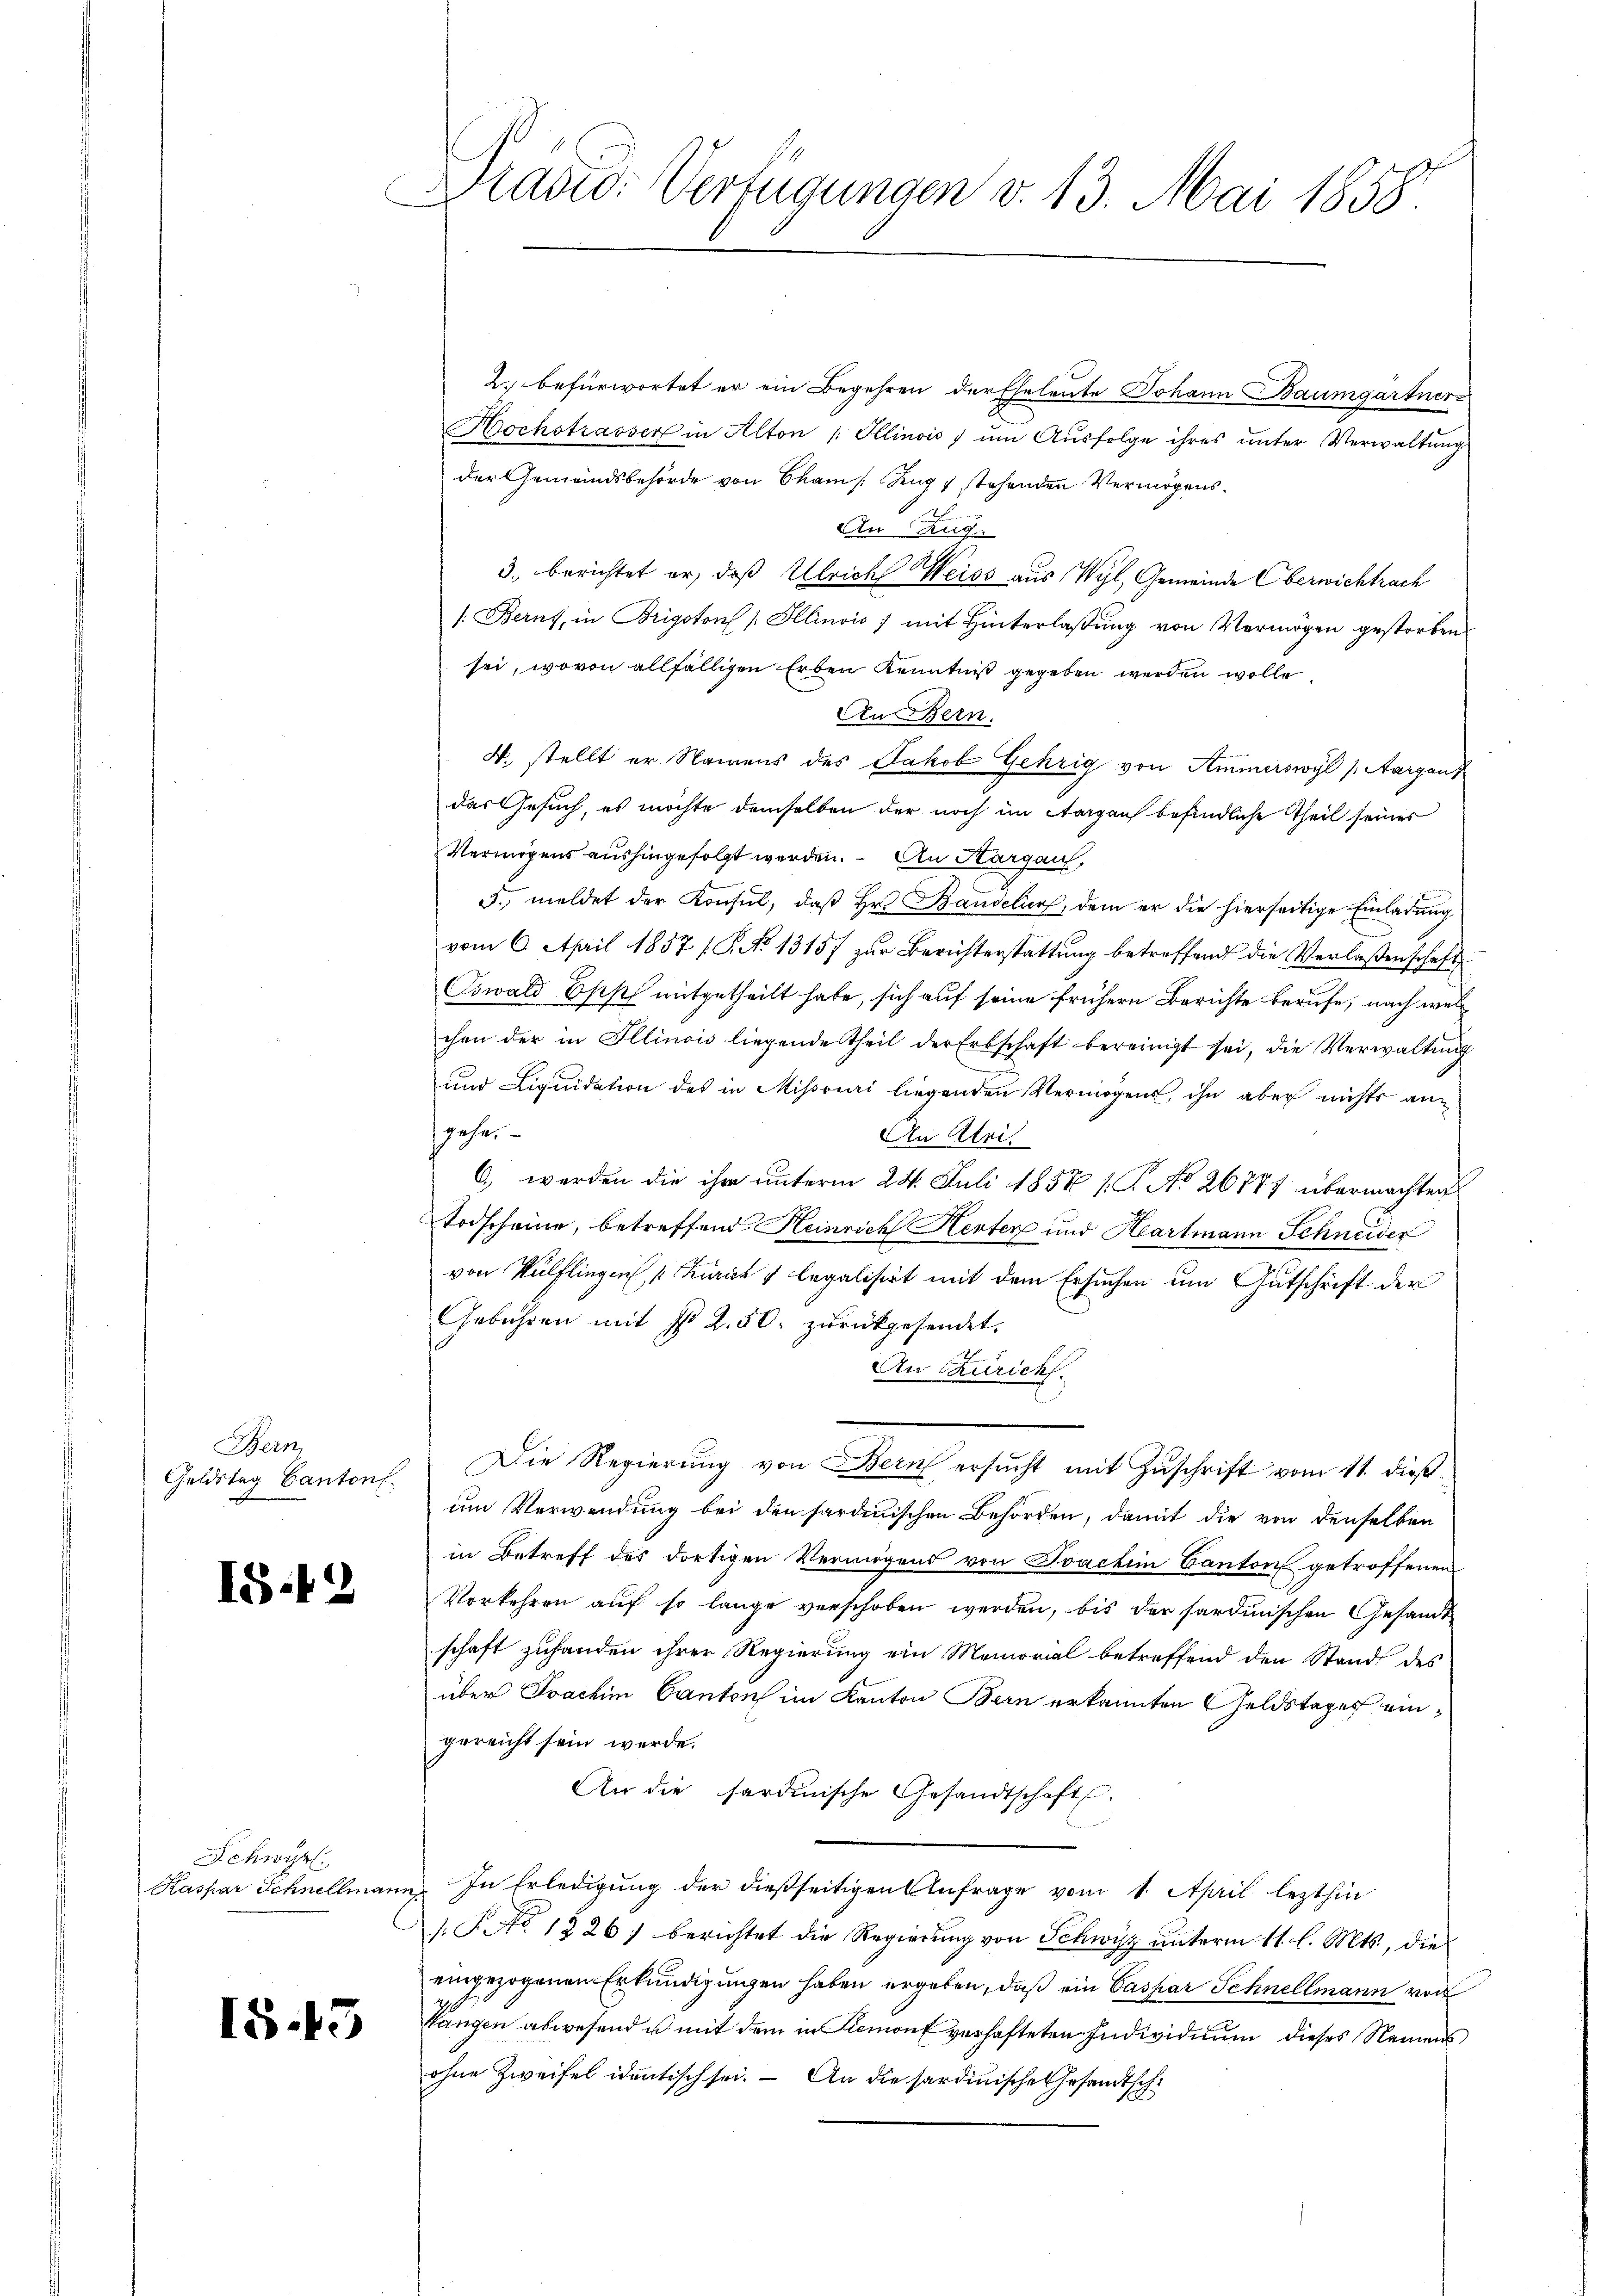
Bern,
Geldstag Canton

15.42

Schwyz
Kaspar Schnellman

IS.43

Pravio: Verfügungen v. 13. Mai 1858.

2. befürwortet er ein Begehren der Eheleute Johann Baumgartner
Hochstrasser in Alton |: Ollinois ŭm Aŭsfolge ihres ŭnter Verwaltŭng
der Gemeindsbehörde von Cham /: Zug 1 stehenden Vermögens¬
An Zug.
3. berichtet er, daß Ulrich Weiss aus Wyl, Gemeinde Oberwichtrach
/: Berns, in Brigston Illinois) mit Hinterlaßung von Vermögen gestorben
sei, wovon allfälligen Erben Kenntniß gegeben werden wolle.
An Bern.
4. stellt er Namens des Jakob Gehrig von Aminerswyl (Aargauk
das Gesuch, es möchte demselben der noch im Aargau befindliche Theil seiner
Vermögens aushingefolgt werden. An Thurgau,
F. meldet der Konsul, daß Hr. Bandelier, dem er die hierseitige Einladung
vom 6. April 1857 / P. No 1315) zur Berichterstattung betreffend die Verlaßenschaft
Oswald Ostsch mitgetheilt habe, sich auf seine frühern Berichte berufe, nach wei
chen der in Illinois liegende Theil der Erbschaft bereinigt sei, die Verwaltŭng
und Liquidation des in Missviari liegenden Vermögens, ihn aber nichts ansgehen
An Klei¬
6., werden die ihre unterm 24. Juli 1858 1. No 26777 übermachten
Todscheine, betreffend Heinrich Herten und Hartmann Schneider
von Wülflingen Zürich & legalisirt mit dem Ersuchen um Gutschrift der
Gebühren mit No 2. 50. zŭrückgesendet.
An Zürich.
Die Regierŭng von Bern ersŭcht mit Zŭschrift vom 11. dieß
um Verwendung bei den sardinischen Behörden, damit die von denselben
in Betreff des dortigen Vermögens von Joachim Canton getroffenen
Vorkehren auf so lange verschoben werden, bis der sardinischen Gesandt
schaft zuhanden ihrer Regierung ein Memorial betreffend den Stand des
über Joachim Canton im Kanton Bern erkannten Geldstages eingereicht sein werde.
An die sardinische Gesandtschaft.
In Erledigung der dießseitigen Anfrage vom 1. April lezthin
 P. No. 1826) berichtet die Regierung von Schwyz unterm 11. l. Mts., die
eingezogenen Erkundigungen haben ergeben, daß ein Caspar Schnellmann vor
Wangen abwesend u. mit dem in Liemont verhafteten Individuum dieses Namensohne Zweifel identisch sei. – An die sardinische Gesamtschi